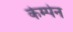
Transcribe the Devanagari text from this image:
केम्पेन